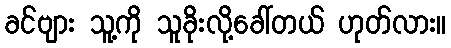
ခင်ဗျား သူ့ကို သူခိုးလို့ခေါ်တယ် ဟုတ်လား။